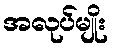
အလုပ်မျိုး